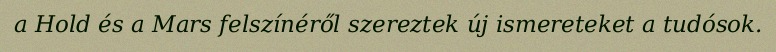
a Hold és a Mars felszínéről szereztek új ismereteket a tudósok.